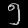
Digit: ၅